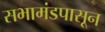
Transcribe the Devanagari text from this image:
सभामंडपासून